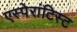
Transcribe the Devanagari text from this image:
एस्पेरांटिस्ट